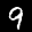
Label: 9